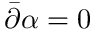
{ \bar { \partial } } \alpha = 0